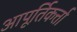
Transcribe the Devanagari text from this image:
आपूर्तिकर्त्ता